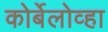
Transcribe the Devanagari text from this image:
कोर्बेलोव्हा